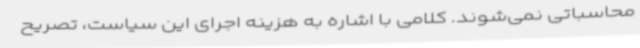
محاسباتی نمی‌شوند. کلامی با اشاره به هزینه اجرای این سیاست، تصریح